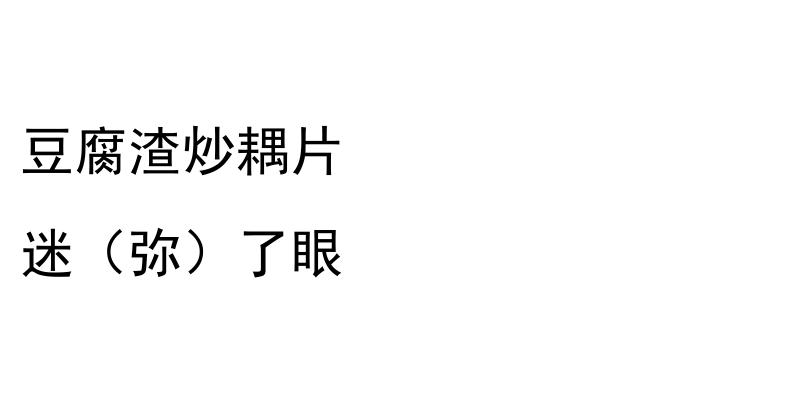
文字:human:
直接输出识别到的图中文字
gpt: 豆腐渣炒耦片 迷（弥）了眼